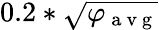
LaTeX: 0.2*\sqrt{\varphi_{\mathrm{~a~v~g~}}}